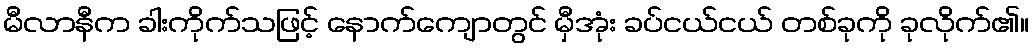
မီလာနီက ခါးကိုက်သဖြင့် နောက်ကျောတွင် မှီအုံး ခပ်ငယ်ငယ် တစ်ခုကို ခုလိုက်၏။